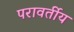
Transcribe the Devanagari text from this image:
परावर्तीय